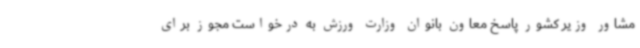
مشاور وزیر کشور پاسخ معاون بانوان وزارت ورزش به درخواست مجوز برای